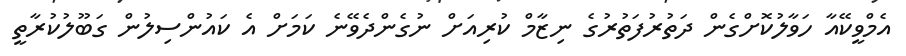
އެމްވީކޭއާ ހަވާލުކޮށްގެން ދަތުރުފަތުރުގެ ނިޒާމް ކުރިއަށް ނުގެންދެވޭނެ ކަމަށް އެ ކައުންސިލުން ގަބޫލުކުރާތީ